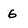
Character: 6